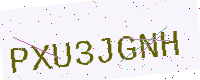
Text: PXU3JGNH